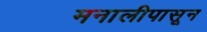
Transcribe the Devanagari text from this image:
मनालीपासून